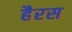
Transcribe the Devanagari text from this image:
हैरस